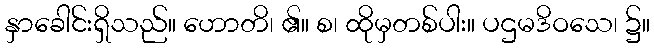
နှာခေါင်းရှိသည်။ ဟောတိ၊ ၏။ စ၊ ထိုမှတစ်ပါး။ ပဌမဒိဝသေ၊ ၌။